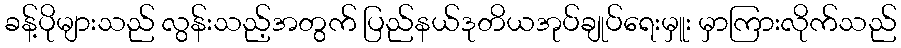
ခန့်ပိုများသည် လွန်းသည့်အတွက် ပြည်နယ်ဒုတိယအုပ်ချုပ်ရေးမှူး မှာကြားလိုက်သည်